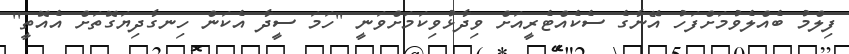
ފިލްމު ބެއްލެވުމަށްފަހު އޭނާގެ ސެކެއްޓެރީއަށް ވިދާޅުވިކަމަށްވަނީ ''ހަމަ ސީދާ އެކަން ހިނގާދިޔަގޮތަށް އެއޮތީ''